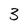
Character: 3